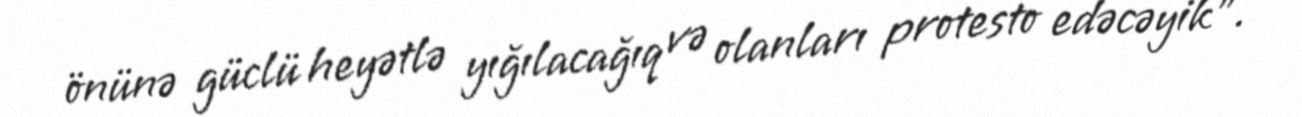
önünə güclü heyətlə yığılacağıq və olanları protesto edəcəyik”.